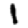
Digit: 1